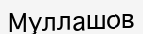
Муллашов